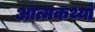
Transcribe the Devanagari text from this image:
आत्मकथ्यों